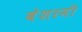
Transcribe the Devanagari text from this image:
बेशरमी